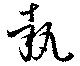
執